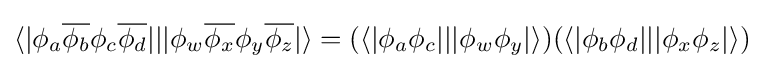
\langle |\phi _{a}{\overline {\phi _{b}}}\phi _{c}{\overline {\phi _{d}}}|||\phi _{w}{\overline {\phi _{x}}}\phi _{y}{\overline {\phi _{z}}}|\rangle =(\langle |\phi _{a}\phi _{c}|||\phi _{w}\phi _{y}|\rangle )(\langle |\phi _{b}\phi _{d}|||\phi _{x}\phi _{z}|\rangle )